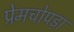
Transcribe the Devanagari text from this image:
प्रेमचोपड़ा